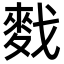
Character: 䴰